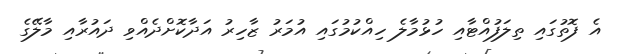
އެ ފޮތުގައި ތިލަފުއްޓާއި ހުޅުމާލެ ހިއްކުމުގައި އުމަރު ޒާހިރު އަދާކޮށްދެއްވި ދައުރާއި މާލޭގެ